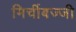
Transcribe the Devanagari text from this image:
मिर्चीबज्जी